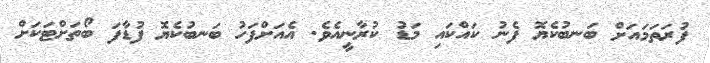
ފުރަތަމައަށް ބަނބުކެޔޮ ފެނު ކައްކައި މަޑު ކުރާނީއެވެ. އެއަށްފަހު ބަނބުކެޔޮ ފުޑާފަ ބޯތަށްޓަކަށް